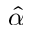
\hat { \alpha }